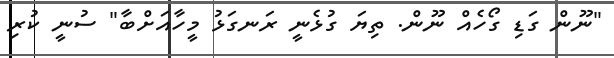
"ނޫން ގަޑި ގޯހެއް ނޫން. ތިޔަ ގުޅެނީ ރަނގަޅު މީހާއަށްބާ" ސުނީ ކުރި